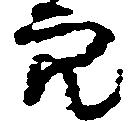
穴